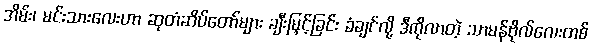
အိမ်း၊ မင်းသားလေးဟာ ဆုတံဆိပ်တော်များ ချီးမြှင့်ခြင်း ခံချင်လို့ ဒီကိုလာတဲ့ သာမန်ဗိုလ်လေးတစ်